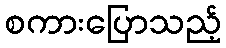
စကားပြောသည့်